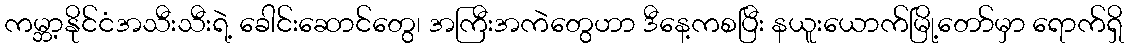
ကမ္ဘာ့နိုင်ငံအသီးသီးရဲ့ ခေါင်းဆောင်တွေ၊ အကြီးအကဲတွေဟာ ဒီနေ့ကစပြီး နယူးယောက်မြို့တော်မှာ ရောက်ရှိ